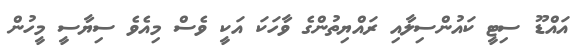
އައްޑޫ ސިޓީ ކައުންސިލާއި ރައްޔިތުންގެ ވާހަކަ އަކީ ވެސް މިއެވެ ސިޔާސީ މީހުން